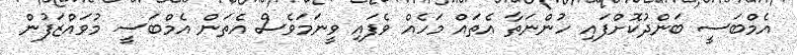
އެމްބަސީ ބަންދުކޮށްފައި ހުންނަތާ އެތައް މަހެއް ވެފައި ވީނަމަވެސް އެތަން އެމްބަސީ މުވައްޒަފުން